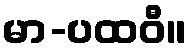
မာ-ပထဝီ။